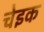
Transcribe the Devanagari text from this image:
चेइक